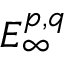
E _ { \infty } ^ { p , q }